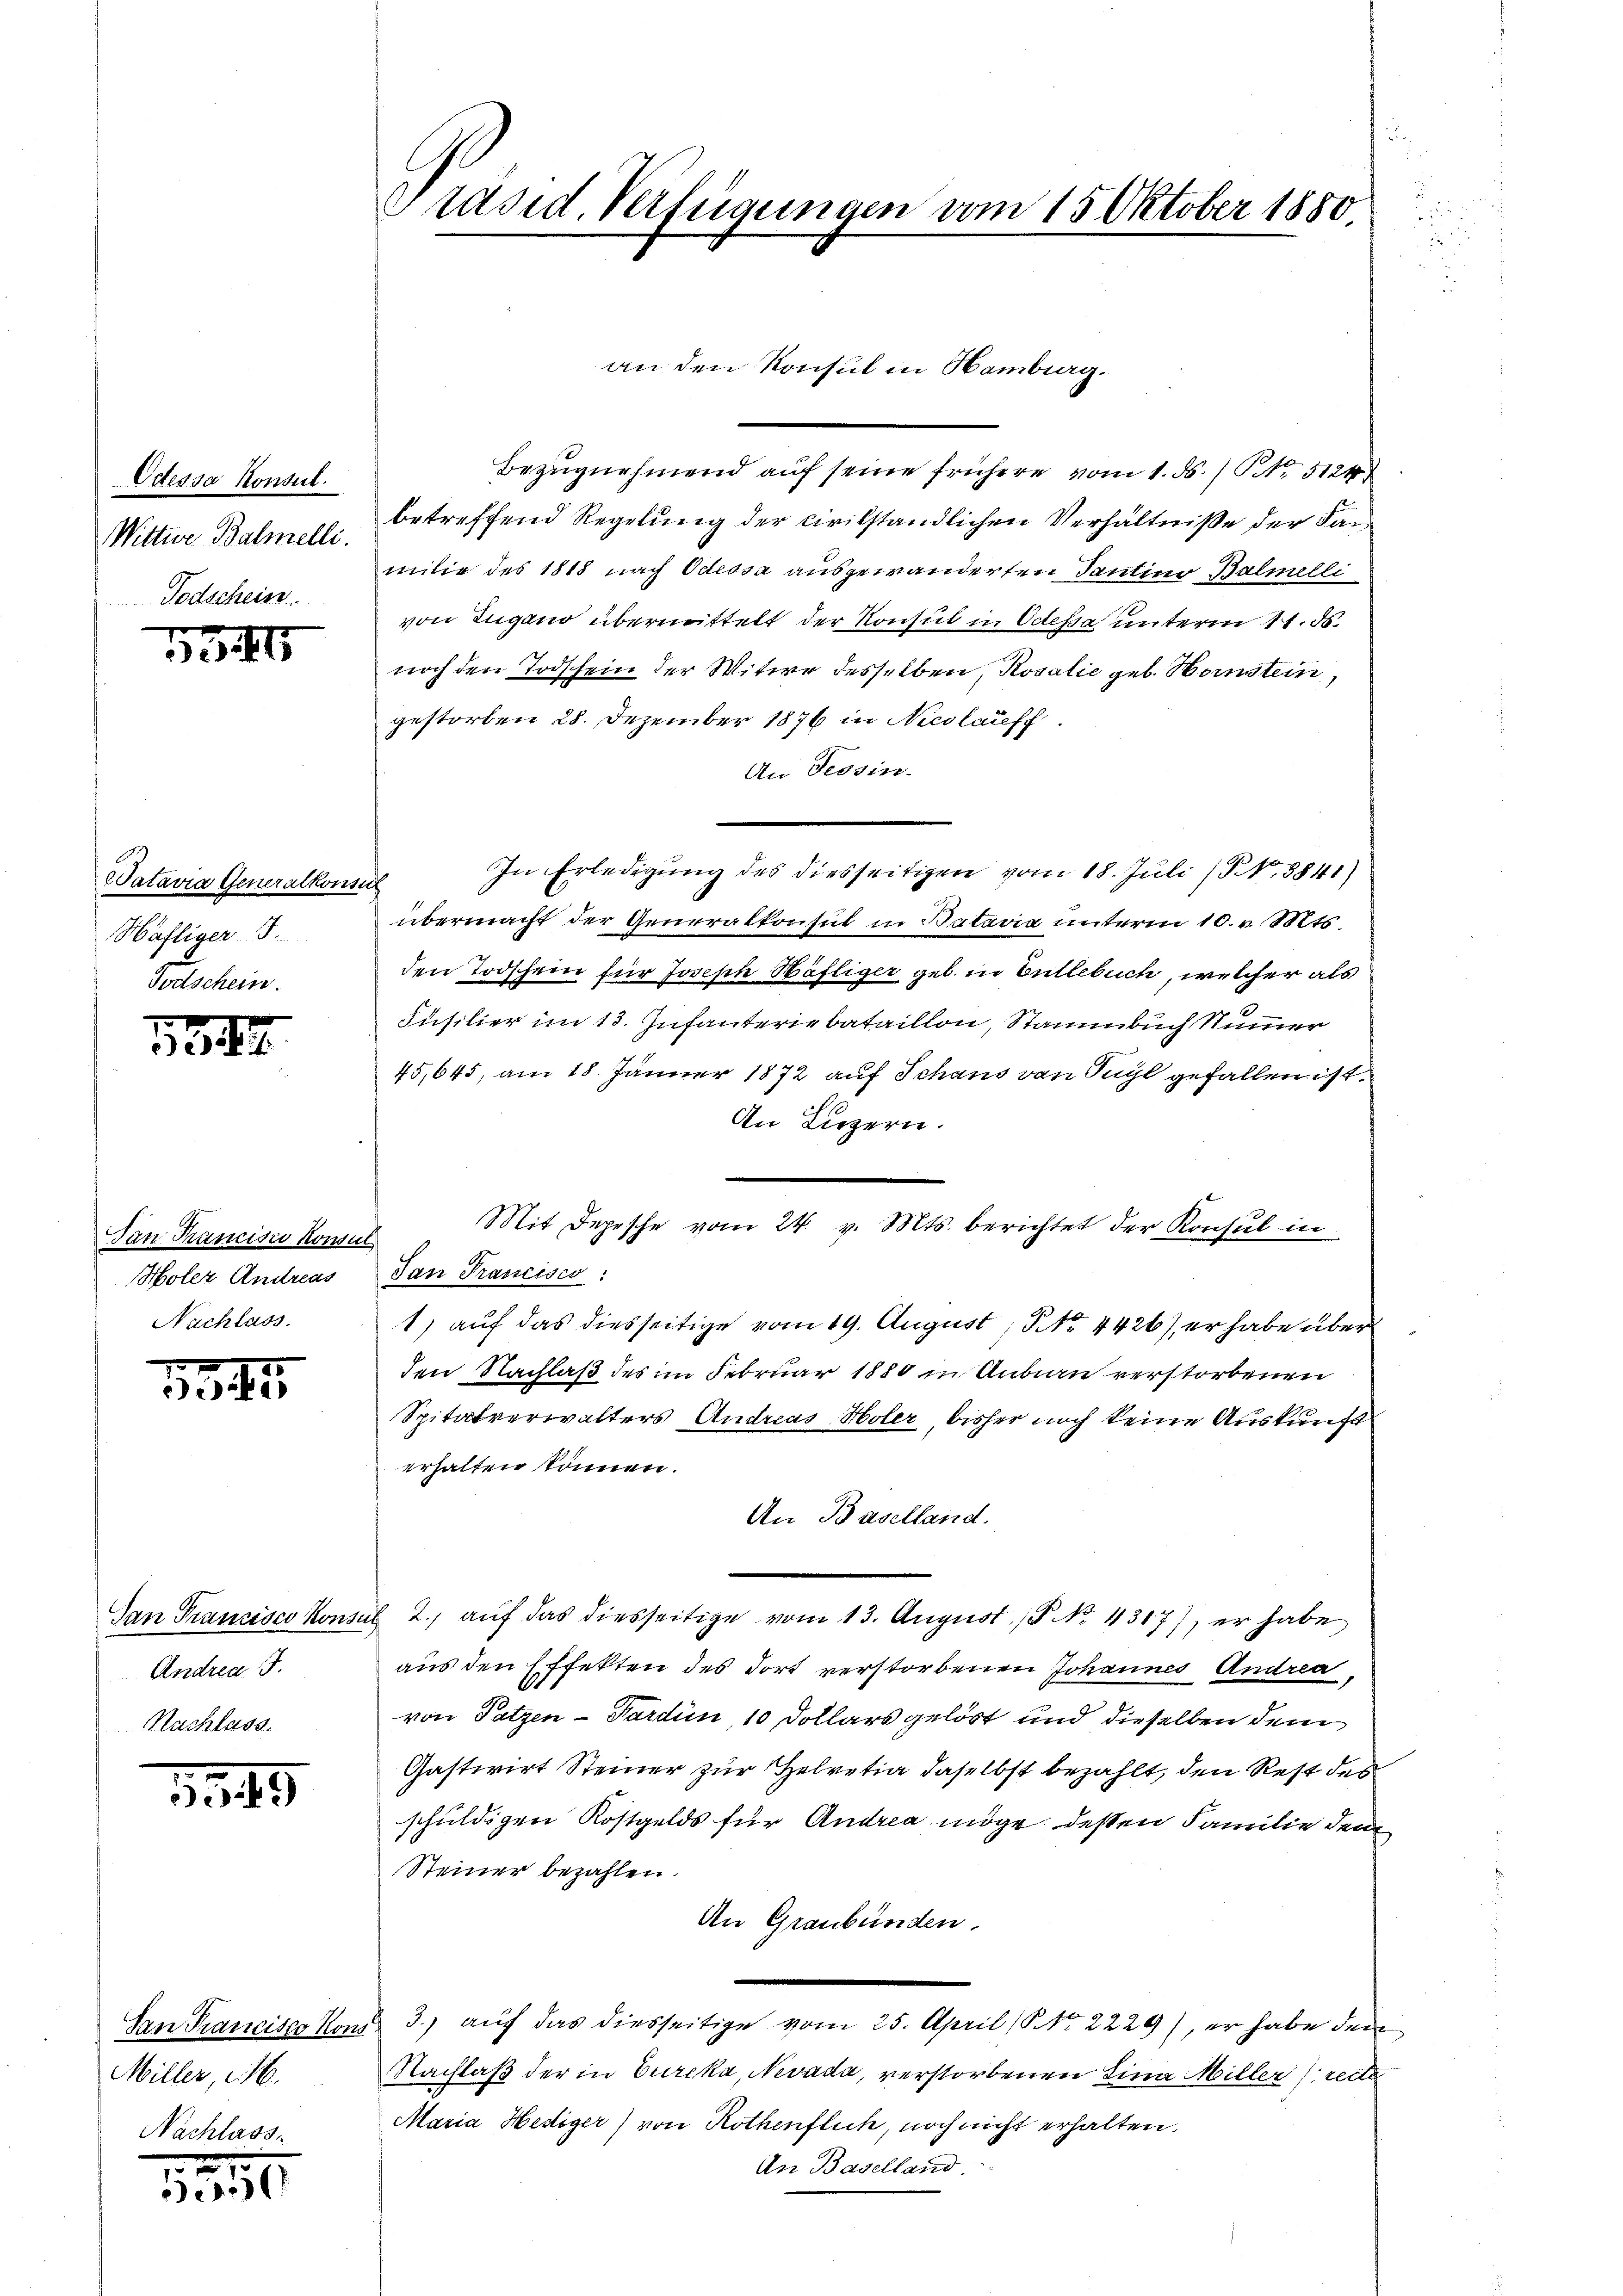
Odessa Konsul
Wittwe Balmelli.
Todscheine

5341

Watavia Generalkons
Häfliger J.
Totschein.

154

an Krancisci Konse
Holer Andreas
Nachlass

1345

Gan Trancisco kons
Andrea J.
Nachlass.

1349

San Francisco Kons
Miller, d. M.
Nachlass

1
Ser

Präsid. Verfügungen vom 15. Oktober 1880

an den Konsul in Hamburg.

Bezugnehmend auf seine frühere vom 1. ds. / NNo. 5124
betreffend Regelung der civilständlichen Verhältniße der Sanmilie des 1818 nach Odessa ausgewanderten Tantino Balmelli
von Zugano übermittelt der Konsul in Odessa unterm 11. ds.
noch den Todschein der Witwe desselben, Rosalić geb. Bonstein,
gestorben 28. Dezember 1876 in Nicolaiff
An Tessin.
In Erledigung des diesseitigen vom 18. Juli 18841)
übermacht der Generalkonsul in Bataria unterm 10. v. Mts.
den Todschein für Joseph Häfliger geb. in Entlebuch, welcher als
Füsilier im 13. Infanteriebataillon, Stammbuch Nummer
45,645, am 18. Jänner 1872 auf Schans von Tugl gefallen ist.
An Luzern.
Mit Depesche vom 24. v. Mts. berichtet der Konsul in
Tan Trassises:
1) auf das diesseitige vom 19. August, No. 4426), er habe über
den Nachlaß des im Februar 1880 in Anbarn verstorbenen
Spitalverwalters Andreas Holer bisher noch keine Auskunft
erhalten können.
An Baselland.
2.) auf das diesseitige vom 13. August No. 4317), er habe
aus den Effekten des dort verstorbenen Johannes Andrea,
von Satzen-Pardin, 10 Dollars gelöst und dieselben dem
Gastivirt Steiner zur Zelvetia daselbst bezahlt, den Rest des
schuldigen Kostgelds für Andrea möge dessen Familie den
Steiner bezahlen.
An Graubünden.
3.) auf das diesseitige vom 25. April (No. 2229), er habe den
Nachlaß der in Eureka, Nevada, verstorbenen Lina Miller recte
Maria Hediger) von Rothenflich, noch nicht erhalten.
An Baselland,